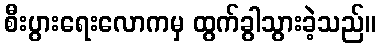
စီးပွားရေးလောကမှ ထွက်ခွါသွားခဲ့သည်။